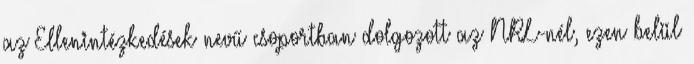
az Ellenintézkedések nevű csoportban dolgozott az NRL-nél, ezen belül